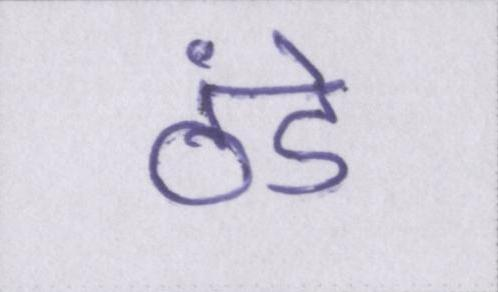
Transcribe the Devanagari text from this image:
ठंडे